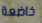
خاضعة